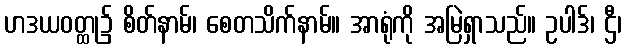
ဟဒယဝတ္ထု၌ စိတ်နာမ်၊ စေတသိက်နာမ်။ အာရုံကို အမြဲရှာသည်။ ဥပါဒ်၊ ဌီ၊